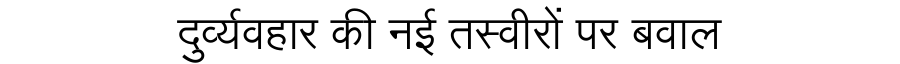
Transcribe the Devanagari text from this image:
दुर्व्यवहार की नई तस्वीरों पर बवाल